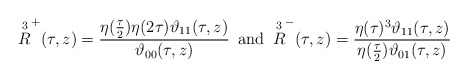
\begin{align*}\overset{3}{R}^{+}(\tau, z)= \frac{\eta(\frac{\tau}{2})\eta(2\tau)\vartheta_{11}(\tau,z)}{\vartheta_{00}(\tau,z)}\,\,\,\hbox{and}\,\,\,\overset{3}{R}^{-}(\tau, z)=\frac{\eta(\tau)^3 \vartheta_{11}(\tau,z)}{\eta(\frac{\tau}{2})\vartheta_{01}(\tau,z)} \end{align*}